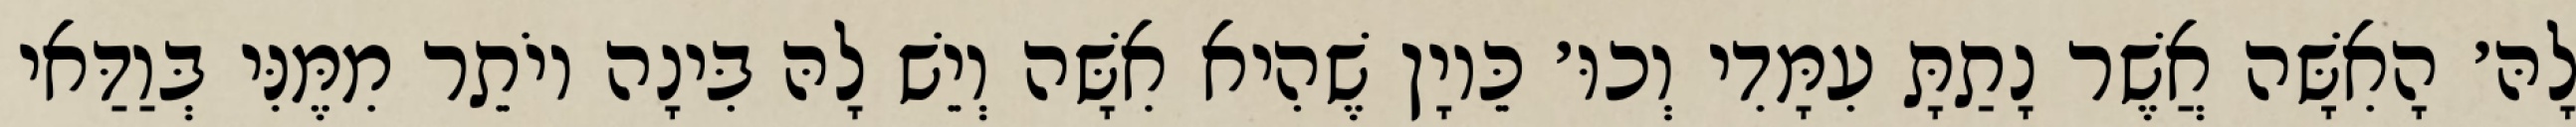
לָהּ׳ הָאִשָּׁה אֲשֶׁר נָתַתָּ עִמָּדִי וְכוּ׳ כֵּיוָן שֶׁהִיא אִשָּׁה וְיֵשׁ לָהּ בִּינָה יוֹתֵר מִמֶּנִּי בְּוַדַּאי